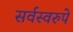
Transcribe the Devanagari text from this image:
सर्वस्वरुपे